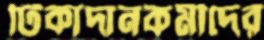
টিকাদানকর্মীদের